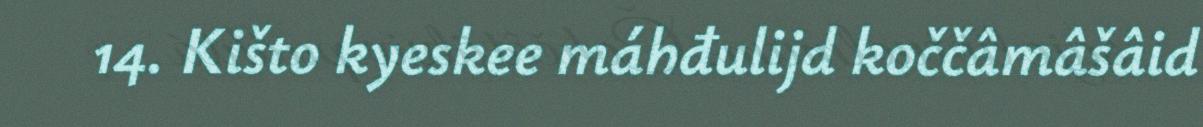
14. Kišto kyeskee máhđulijd koččâmâšâid